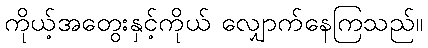
ကိုယ့်အတွေးနှင့်ကိုယ် လျှောက်နေကြသည်။